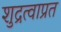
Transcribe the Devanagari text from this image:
शुद्रत्वाप्रत